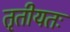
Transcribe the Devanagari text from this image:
तृतीयतः